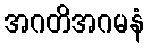
အဂတိအဂမနံ